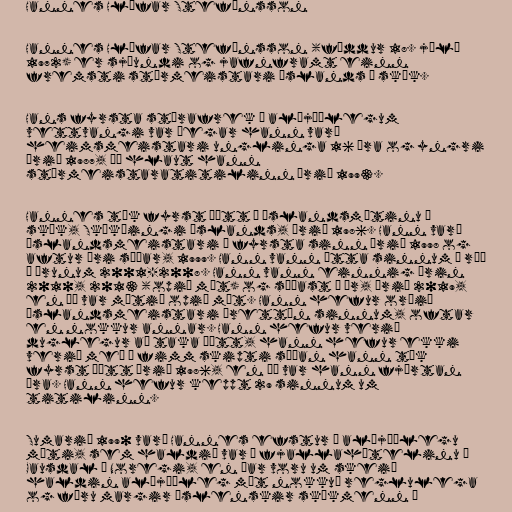
Hannes Hlífar Stefánsson

Hannes Hlífar Stefánsson (fæddur 18. júlí
1972) er sjöundi og jafnframt einn
fremsti stórmeistari Íslands í skák.

Hans fyrsta stórafrek á alþjóðlegum
vettvangi var þegar hann varð
heimsmeistari unglinga 16 ára og yngri
árið 1987, þá hlaut hann
stórmeistaratitilinn árið 1993.

Hannes tók fyrst þátt á Íslandsmótinu í
skák, Skákþingi Íslands, árið 1986. Hann varð
Íslandsmeistari í fyrsta sinn árið 1998 og
aftur ári síðar, 1999. Hann vann átta sinnum í röð
á árunum 2001-2008. Hann vann einnig árin
2010, 2013 (opið mót) og síðast í ár, árið 2019,
en þá var mótið opið mót. Hann hefur orðið
Íslandsmeistari þrettán sinnum, oftar
en nokkur annar. Hann hefur verið
duglegur að taka þátt, hann hefur ekki
verið með í fimm skipti síðan hann tók
fyrst þátt árið 1986, en þá var hann fjórtan
ára. Hann hefur keppt 29 sinnum um
titilinn.

Sumarið 1990 varð Hannes efstur á alþjóðlegu
móti, sem haldið var í fjallahótelinu í
Gausdal í Noregi, en þar voru um skeið
haldin alþjóðleg mót nokkuð reglulega
og fóru margir íslenskir skákmenn í